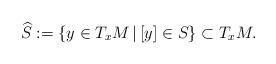
LaTeX: \begin{gather*}\widehat S:= \{y\in T_xM \,|\, [y]\in S \}\subset T_xM.\end{gather*}